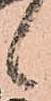
候